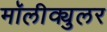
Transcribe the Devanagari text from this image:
मॉलीक्युलर